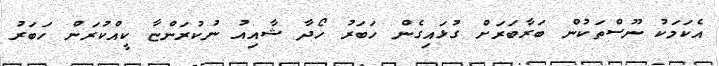
އެކަމަކު ނޫސްތަކުން ބަރާބަރަށް ގުޅައިގެން ހަބަރު ހޯދާ ޝާއިއު ނުކުރަންޏާ ކީއްކުރަން ހަބަރު